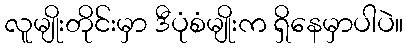
လူမျိုးတိုင်းမှာ ဒီပုံစံမျိုးက ရှိနေမှာပါပဲ။